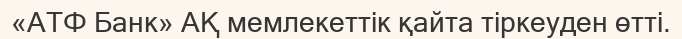
«АТФ Банк» АҚ мемлекеттік қайта тіркеуден өтті.